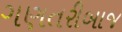
ગણતરીબાજ